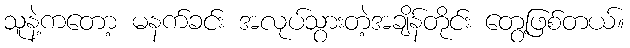
သူနဲ့ကတော့ မနက်ခင်း အလုပ်သွားတဲ့အချိန်တိုင်း တွေ့ဖြစ်တယ်။